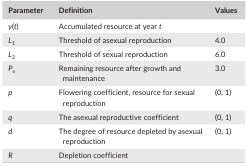
<table><thead><tr><td><b>Parameter</b></td><td><b>Definition</b></td><td><b>Values</b></td></tr></thead><tbody><tr><td><i>y</i>(<i>t</i>)</td><td>Accumulated resource at year <i>t</i></td><td></td></tr><tr><td><i>L</i><sub>1</sub></td><td>Threshold of asexual reproduction</td><td>4.0</td></tr><tr><td><i>L</i><sub>2</sub></td><td>Threshold of sexual reproduction</td><td>6.0</td></tr><tr><td><i>P</i><sub>s</sub></td><td>Remaining resource after growth and maintenance</td><td>3.0</td></tr><tr><td><i>p</i></td><td>Flowering coefficient, resource for sexual reproduction</td><td>(0, 1)</td></tr><tr><td><i>q</i></td><td>The asexual reproductive coefficient</td><td>(0, 1)</td></tr><tr><td><i>d</i></td><td>The degree of resource depleted by asexual reproduction</td><td>(0, 1)</td></tr><tr><td><i>R</i></td><td>Depletion coefficient</td><td></td></tr></tbody></table>